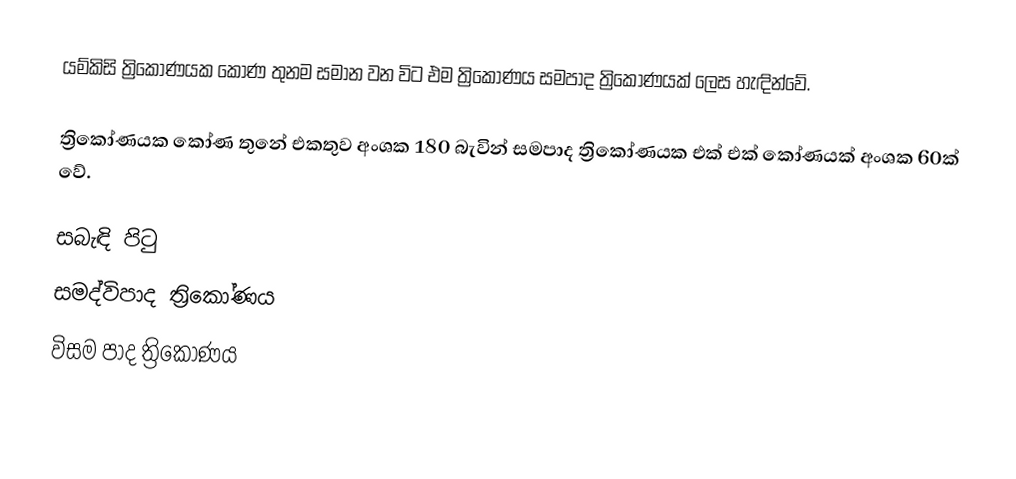
යම්කිසි ත්‍රිකෝණයක කෝණ තුනම සමාන වන විට එම ත්‍රිකෝණය සමපාද ත්‍රිකෝණයක් ලෙස හැඳින්වේ.

ත්‍රිකෝණයක කෝණ තුනේ එකතුව අංශක 180 බැවින් සමපාද ත්‍රිකෝණයක එක් එක් කෝණයක් අංශක 60ක් වේ.

සබැඳි පිටු
 සමද්විපාද ත්‍රිකෝණය
 විසම පාද ත්‍රිකෝණය